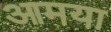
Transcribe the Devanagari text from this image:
आमया